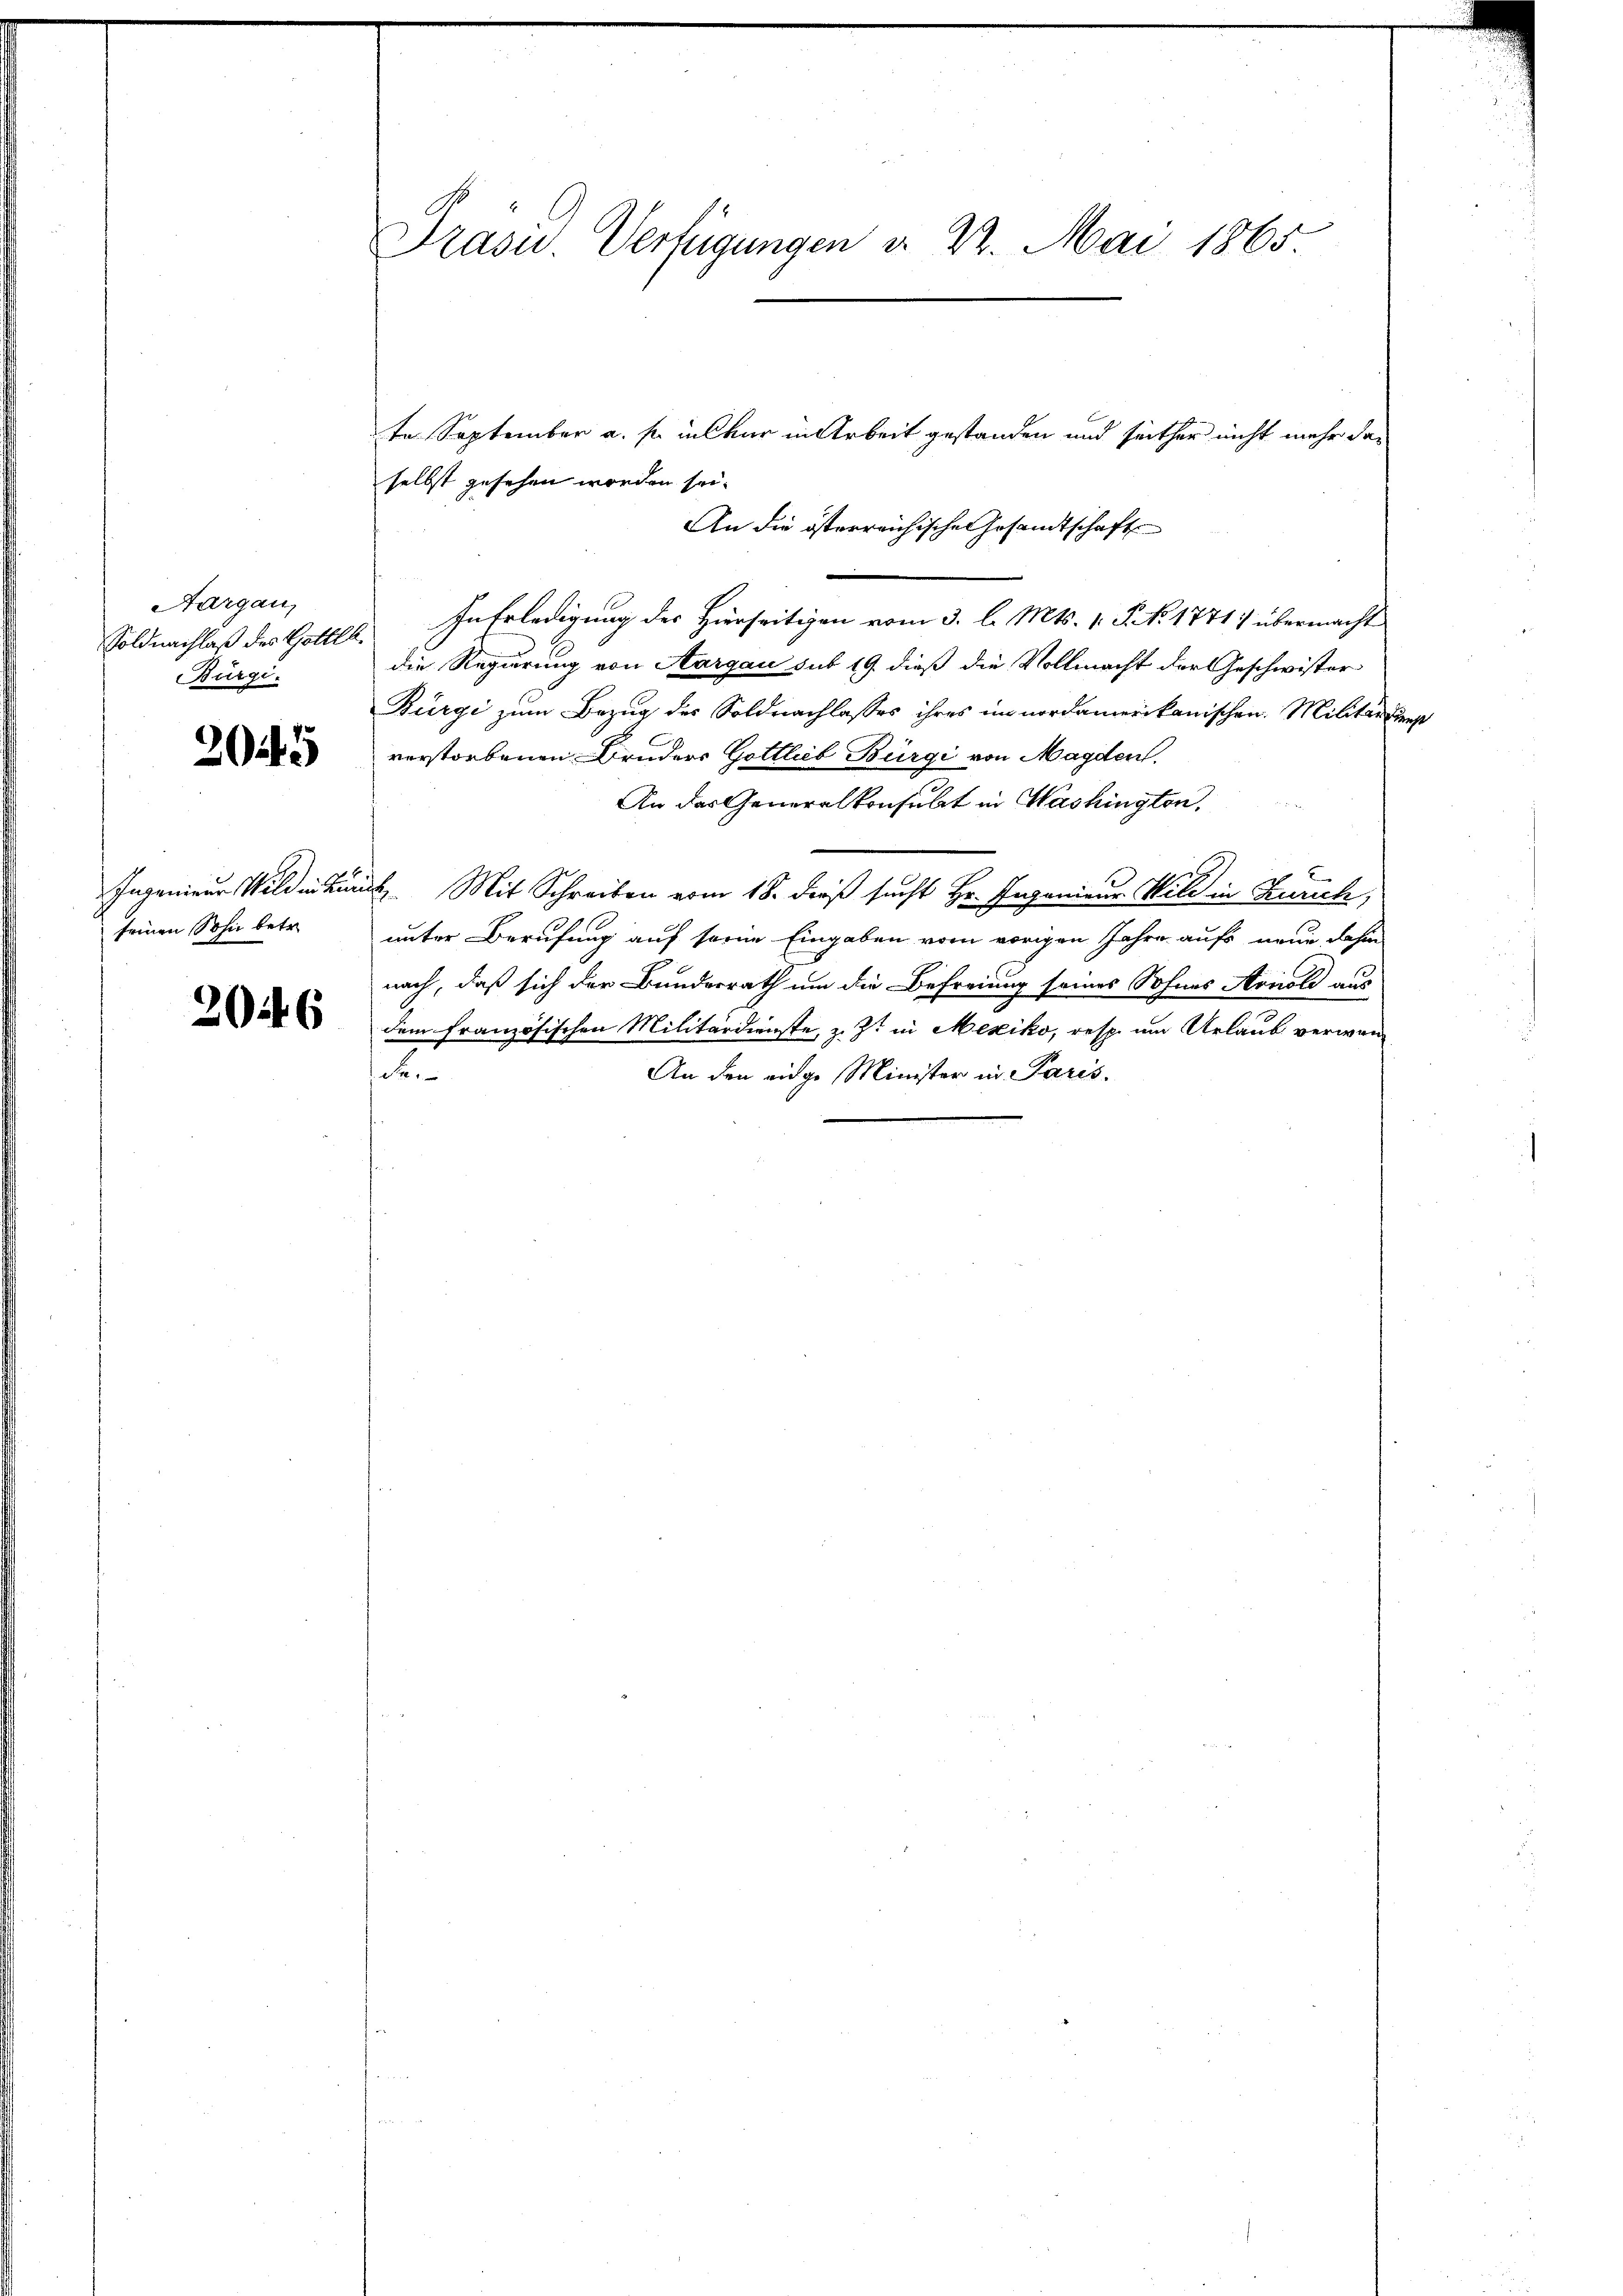
Aargau,
Soldnachlaß des Gottl.
Bürgi.

2025

Ingenieur Wild in Linie
seinen Sohn betr.

204. 6

Präsid.. Verfügungen d. 22. Mai 1865.

te September a. so inskur in Arbeit gestanden und seither nicht mehr das
selbst gesehen worden sei.
An die österreichischeresandtschaft
In Erledigung des Hierseitigen vom 3. l. Mts. 1. P. No 1771 übermacht
die Regierung von Aargau sub 19. dieß die Vollmacht der Geschwister
Bürgi zum Bezug des Soldnachlasses ihres im nordamerikanischen Militärdiens
verstorbenen Bruders Gottlieb Bürgi von Magden.
An das Generalkonsulat in Washingten.
2. Mit Schreiben vom 18. dieß sucht Hr. Ingenieur Wild in Zürich,
unter Berufung auf seine Eingaben vom vorigen Jahre aufs neue dahin
nach, daß sich der Bundesrath um die Befreiung seines Sohnes Arnold aus
dem französischen Militärdienste, z. Zt. in Mexiko, resp. um Urlaub verwande
An den eidge Minister in Paris.